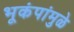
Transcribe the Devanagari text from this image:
भूकंपांमुळे